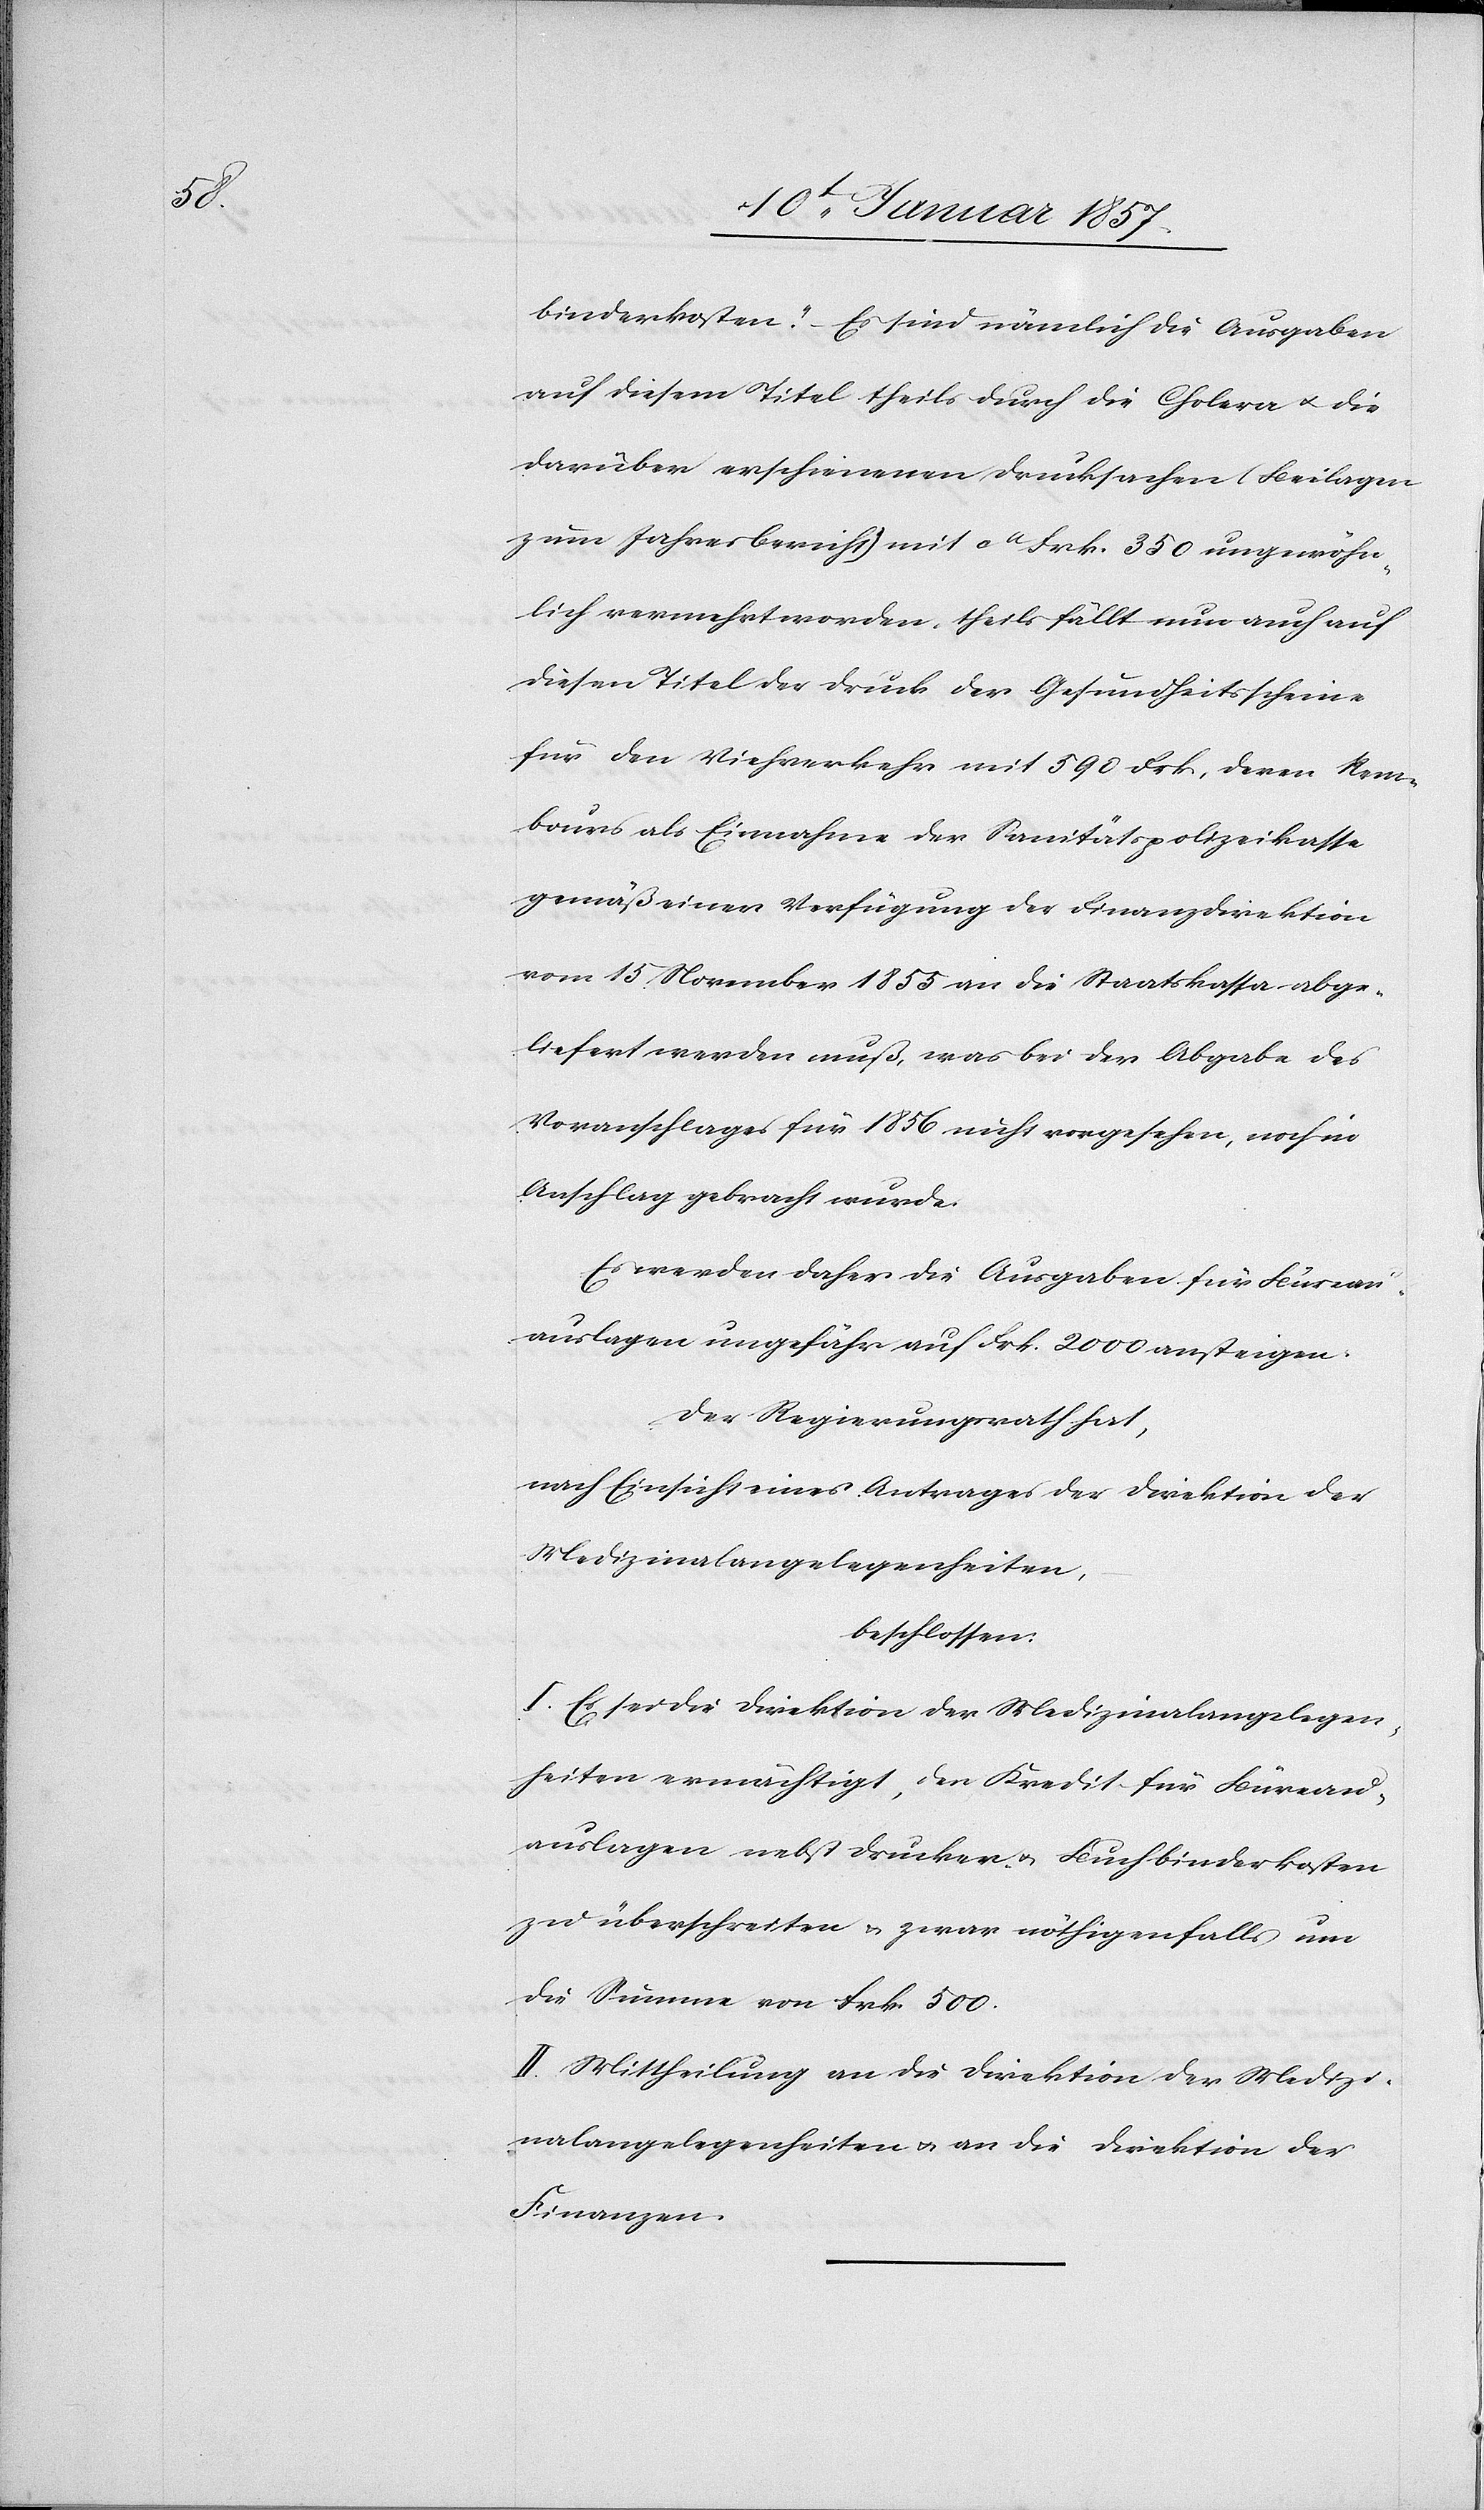
binderkosten.“ – Es sind nämlich die Ausgaben
auf diesem Titel theils durch die Cholera u. die
darüber erschienenen Drucksachen (Beilagen
zum Jahresbericht) mit ca Frk. 350 ungewöhn¬
lich vermehrt worden, theils fällt nun auch auf
diesen Titel der Druck der Gesundheitsscheine
für den Viehverkehr mit 590 Frk, deren Rem¬
bours als Einnahme der Sanitätspolizeikrasse
gemäß einer Verfügung der Finanzdirektion
vom 15. November 1855 an die Staatskassa abge¬
liefert werden muß, was bei der Abgabe des
Voranschlages für 1856 nicht vorgesehen, noch in
Anschlag gebracht wurde.
Es werden daher die Ausgaben für Büreau¬
auslagen ungefähr auf Frk. 2000 ansteigen.
Der Regierungsrath hat,
nach Einsicht eines Antrages der Direktion der
Medizinalangelegenheiten,
beschlossen:
I. Es sei die Direktion der Medizinalangelegen¬
heiten ermächtigt, den Kredit für Büreau¬
auslagen nebst Drucker- & Buchbinderkosten
zu überschreiten & zwar nöthigenfalls um
die Summe von Frk. 500.
II. Mittheilung an die Direktion der Medizi¬
nalangelegenheiten & an die Direktion der
Finanzen.